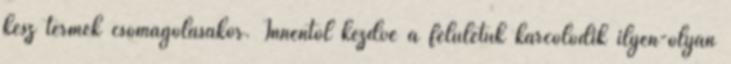
kész termék csomagolásakor. Innentől kezdve a felületük karcolódik ilyen-olyan